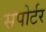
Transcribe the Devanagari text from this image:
सपोर्टर